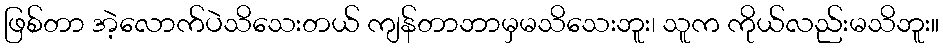
ဖြစ်တာ အဲ့လောက်ပဲသိသေးတယ် ကျန်တာဘာမှမသိသေးဘူး၊ သူက ကိုယ်လည်းမသိဘူး။